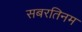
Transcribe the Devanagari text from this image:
सबरतिनम